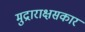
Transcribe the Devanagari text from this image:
मुद्राराक्षसकार